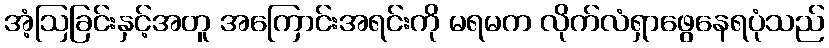
အံ့ဩခြင်းနှင့်အတူ အကြောင်းအရင်းကို မရမက လိုက်လံရှာဖွေနေရပုံသည်